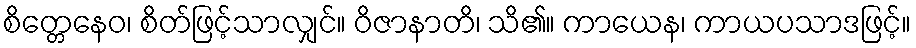
စိတ္တေနေဝ၊ စိတ်ဖြင့်သာလျှင်။ ဝိဇာနာတိ၊ သိ၏။ ကာယေန၊ ကာယပသာဒဖြင့်။